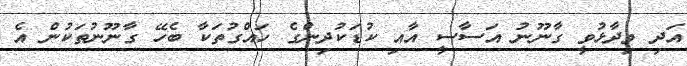
އަދި ވިދާޅުވީ ގާނޫނު އަސާސީ އާއި ކުޑަކުދިންގެ ހައްގުތަކާ ބެހޭ ގާނޫނުތަކުން އެ